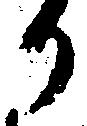
か